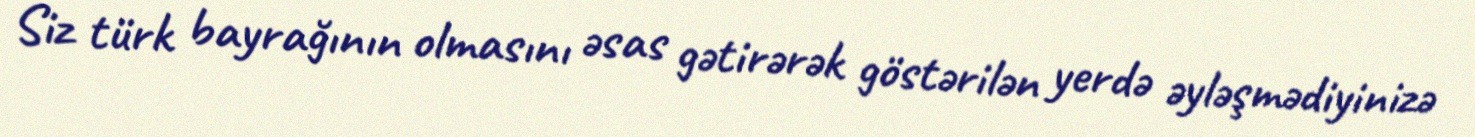
Siz türk bayrağının olmasını əsas gətirərək göstərilən yerdə əyləşmədiyinizə